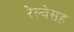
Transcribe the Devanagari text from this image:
रेल्वेसह